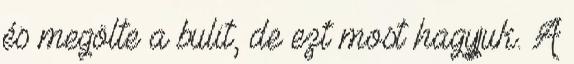
és megölte a bulit, de ezt most hagyjuk. A